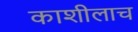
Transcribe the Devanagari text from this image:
काशीलाच